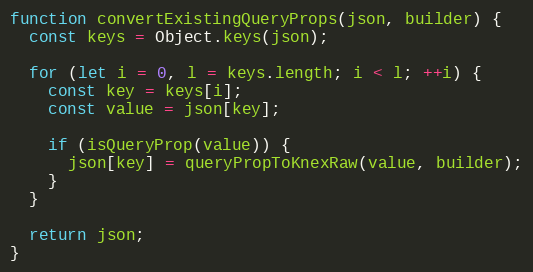
Language: JavaScript
function convertExistingQueryProps(json, builder) {
  const keys = Object.keys(json);

  for (let i = 0, l = keys.length; i < l; ++i) {
    const key = keys[i];
    const value = json[key];

    if (isQueryProp(value)) {
      json[key] = queryPropToKnexRaw(value, builder);
    }
  }

  return json;
}